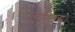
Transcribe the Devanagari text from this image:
गटाविरुद्ध